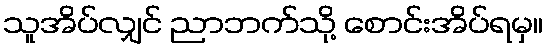
သူအိပ်လျှင် ညာဘက်သို့ စောင်းအိပ်ရမှ။